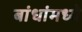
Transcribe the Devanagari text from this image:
बांधांमध्ये